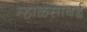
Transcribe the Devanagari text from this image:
म्हाळसाबई